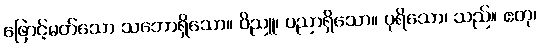
ဖြောင့်မတ်သော သဘောရှိသော။ ဝိညူ၊ ပညာရှိသော။ ပုရိသော၊ သည်။ ဧတု၊